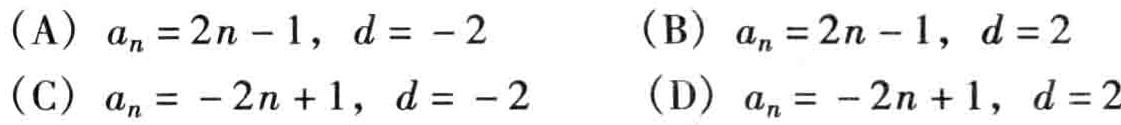
（A）$a_{n}=2n - 1,\ d = -2$  （B）$a_{n}=2n - 1,\ d = 2$

（C）$a_{n}=-2n + 1,\ d = -2$  （D）$a_{n}=-2n + 1,\ d = 2$